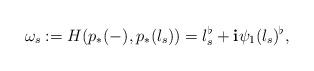
LaTeX: \begin{align*}\omega_s:=H( p_{*}(-), p_{*}(l_s))=l_s ^\flat+{\bf i}\psi_{1}(l_s)^{\flat}, \end{align*}